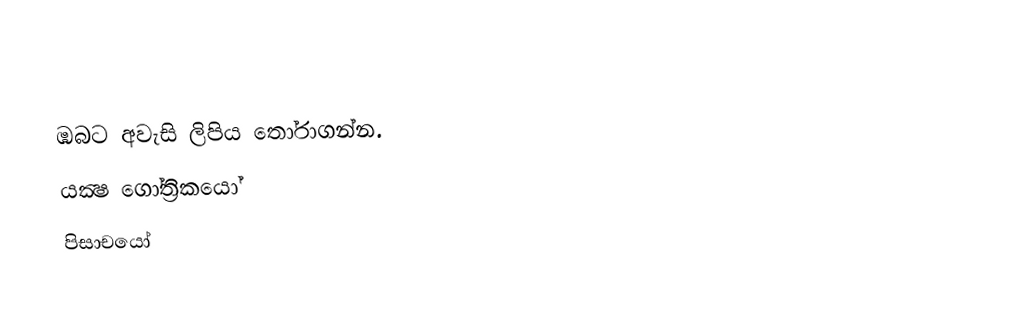
ඹබට අවැසි ලිපිය තෝරාගන්න.
 යක්‍ෂ ගෝත්‍රිකයෝ
 පිසාචයෝ